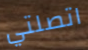
اتصلتي